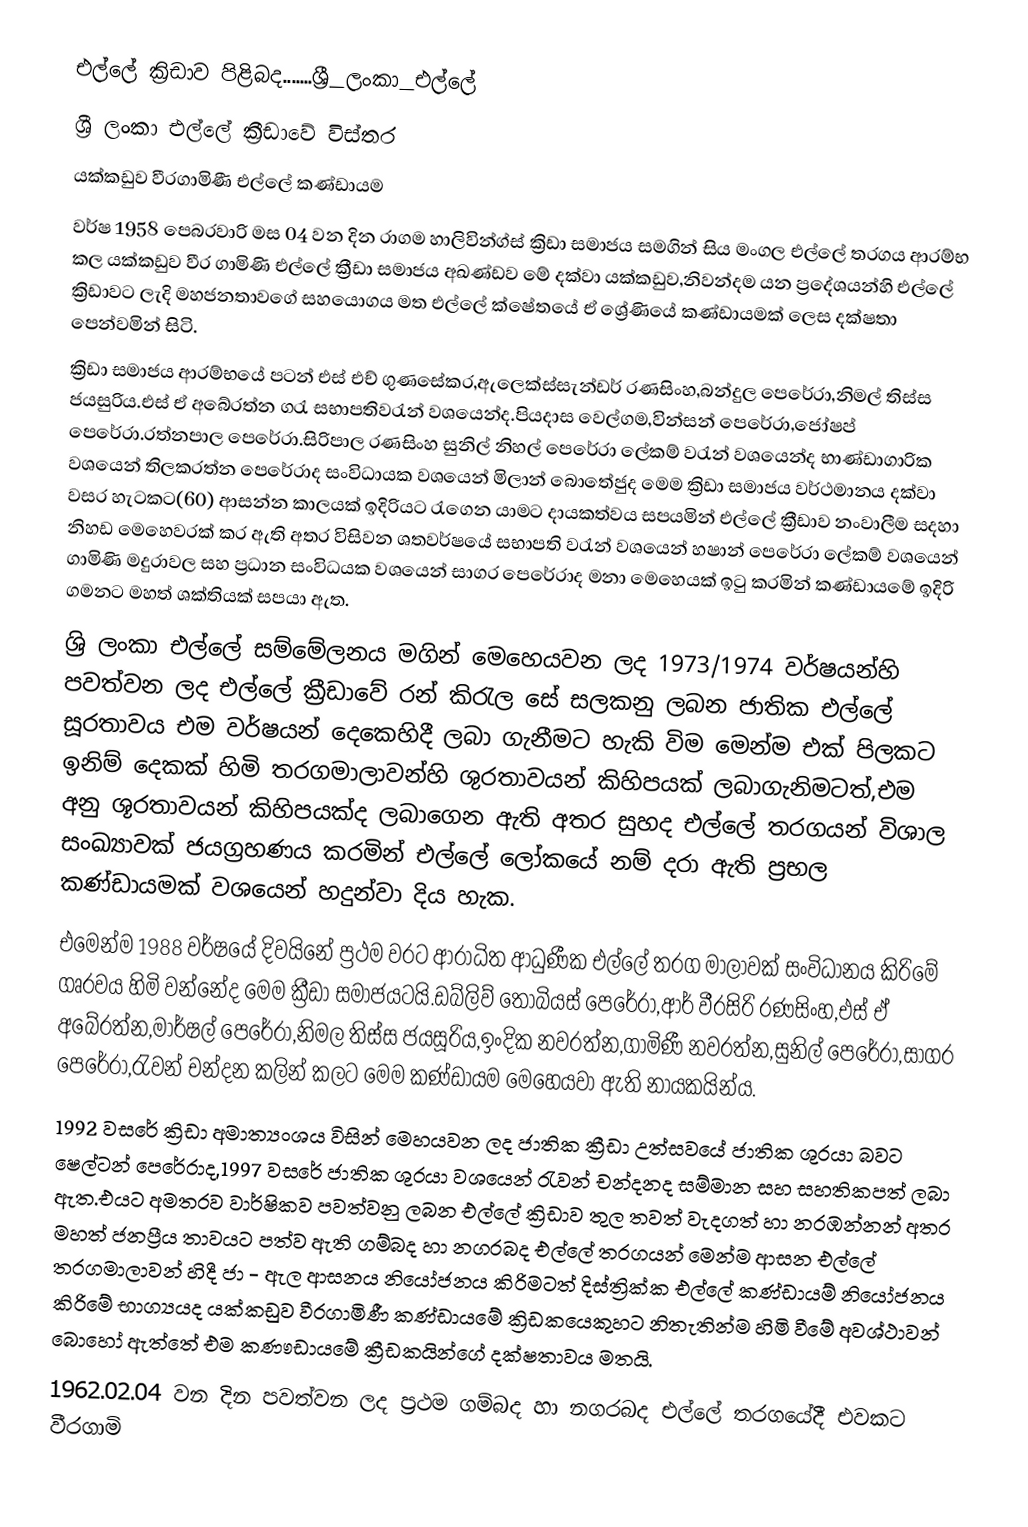
එල්ලේ ක්‍රිඩාව පිළිබද.......ශ්‍රී_ලංකා_එල්ලේ
 ශ්‍රී ලංකා එල්ලේ ක්‍රීඩාවේ විස්තර
යක්කඩුව වීරගාමිණී එල්ලේ කණ්ඩායම
වර්ෂ 1958 පෙබරවාරි මස 04 වන දින රාගම හාලිවින්ග්ස් ක්‍රිඩා සමාජය සමගින් සිය මංගල එල්ලේ තරගය ආරම්භ කල යක්කඩුව වීර ගාමිණි එල්ලේ ක්‍රීඩා සමාජය අඛණ්ඩව මේ දක්වා යක්කඩුව,නිවන්දම යන ප්‍රදේශයන්හි එල්ලේ ක්‍රිඩාවට ලැදි මහජනතාවගේ සහයොගය මත එල්ලේ ක්ෂේතයේ ඒ ශ්‍රේණියේ කණ්ඩායමක් ලෙස දක්ෂතා පෙන්වමින් සිටි.
ක්‍රිඩා සමාජය ආරම්භයේ පටන් එස් එච් ගුණසේකර,ඇලෙක්ස්සැන්ඩර් රණසිංහ,බන්දුල පෙරේරා,නිමල් තිස්ස ජයසුරිය.එස් ඒ අබේරත්න ගරැ සභාපතිවරැන් වශයෙන්ද.පියදාස වෙල්ගම,වින්සන් පෙරේරා,ජෝෂප් පෙරේරා.රත්නපාල පෙරේරා.සිරිපාල රණසිංහ සුනිල් නිහල් පෙරේරා ලේකම් වරැන් වශයෙන්ද භාණ්ඩාගාරික වශයෙන් තිලකරත්න පෙරේරාද සංවිධායක වශයෙන් මිලාන් බොතේජුද මෙම ක්‍රිඩා සමාජය වර්ථමානය දක්වා වසර හැටකට(60) ආසන්න කාලයක් ඉදිරියට රැගෙන යාමට දායකත්වය සපයමින් එල්ලේ ක්‍රීඩාව නංවාලීම සදහා නිහඩ මෙහෙවරක් කර ඇති අතර විසිවන ශතවර්ෂයේ සභාපති වරැන් වශයෙන් හෂාන් පෙරේරා ලේකම් වශයෙන් ගාමිණි මදුරාවල සහ ප්‍රධාන සංවිධයක වශයෙන් සාගර පෙරේරාද මනා මෙහෙයක් ඉටු කරමින් කණ්ඩායමේ ඉදිරි ගමනට මහත් ශක්තියක් සපයා ඇත.
ශ්‍රි ලංකා එල්ලේ සම්මේලනය මගින් මෙහෙයවන ලද 1973/1974 වර්ෂයන්හි පවත්වන ලද එල්ලේ ක්‍රීඩාවේ රන් කිරැල සේ සලකනු ලබන ජාතික එල්ලේ සූරතාවය එම වර්ෂයන් දෙකෙහිදී ලබා ගැනීමට හැකි විම මෙන්ම එක් පිලකට ඉනිම් දෙකක් හිමි තරගමාලාවන්හි ශුරතාවයන් කිහිපයක් ලබාගැනිමටත්,එම අනු ශූරතාවයන් කිහිපයක්ද ලබාගෙන ඇති අතර සුහද එල්ලේ තරගයන් විශාල සංඛ්‍යාවක් ජයග්‍රහණය කරමින් එල්ලේ ලෝකයේ නම් දරා ඇති ප්‍රභල කණ්ඩායමක් වශයෙන් හදුන්වා දිය හැක.
එමෙන්ම 1988 වර්ෂයේ දිවයිනේ ප්‍රථම වරට ආරාධිත ආධුණීක එල්ලේ තරග මාලාවක් සංවිධානය කිරිමේ ගෘරවය හිමි වන්නේද මෙම ක්‍රීඩා සමාජයටයි.ඩබ්ලිව් තෝබියස් පෙරේරා,ආර් වීරසිරි රණසිංහ,එස් ඒ අබේරත්න,මාර්ෂල් පෙරේරා,නිමල තිස්ස ජයසූරිය,ඉංදික නවරත්න,ගාමිණී නවරත්න,සුනිල් පෙරේරා,සාගර පෙරේරා,රැවන් චන්දන කලින් කලට මෙම කණ්ඩායම මෙහෙයවා ඇති නායකයින්ය.
1992 වසරේ ක්‍රිඩා අමාත්‍යංශය විසින් මෙහයවන ලද ජාතික ක්‍රීඩා උත්සවයේ ජාතික ශුරයා බවට ෂෙල්ටන් පෙරේරාද,1997 වසරේ ජාතික ශුරයා වශයෙන් රැවන් චන්දනද සම්මාන සහ සහතිකපත් ලබා ඇත.එයට අමතරව වාර්ෂිකව පවත්වනු ලබන එල්ලේ ක්‍රිඩාව තුල තවත් වැදගත් හා නරඹන්නන් අතර මහත් ජනප්‍රීය තාවයට පත්ව ඇති ගම්බද හා නගරබද එල්ලේ තරගයන් මෙන්ම ආසන එල්ලේ තරගමාලාවන් හිදී ජා - ඇල ආසනය නියෝජනය කිරිමටත් දිස්ත්‍රික්ක එල්ලේ කණ්ඩායම් නියෝජනය කිරිමේ භාග්‍යයද යක්කඩුව වීරගාමිණී කණ්ඩායමේ ක්‍රිඩකයෙකුහට නිතැතින්ම හිමි වීමේ අවශ්ථාවන් බොහෝ ඇත්තේ එම කණෟඩායමේ ක්‍රීඩකයින්ගේ දක්ෂතාවය මතයි.
1962.02.04 වන දින පවත්වන ලද ප්‍රථම ගම්බද හා නගරබද එල්ලේ තරගයේදී එවකට වීරගාමි